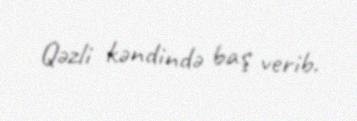
Qəzli kəndində baş verib.